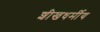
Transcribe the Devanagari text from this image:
शीखधर्मीय